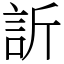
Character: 訢